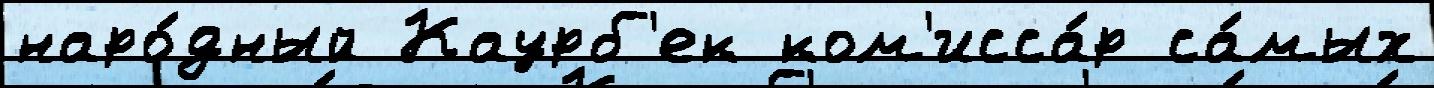
наро́дный Каурб'ек ком'исса́р са́мых